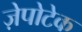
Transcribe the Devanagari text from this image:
ज़ेपोटेक